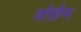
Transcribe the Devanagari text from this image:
वॉरहैम